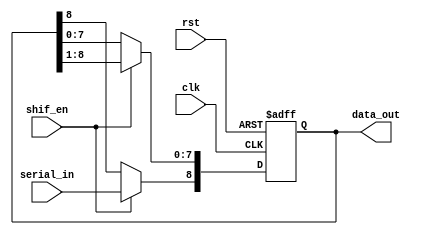
/*
Author: Mehran Goli
Version: 1.0
Date: 17-8-2019
*/
module shiftin_register(serial_in,shif_en,data_out,clk,rst);
	
	input  serial_in,shif_en,clk,rst; 
	output [8:0] data_out; 

	reg [8:0] temp;
	
////////////////////////////////////////////////////////////////////////////////////////////

	always @ (posedge clk,posedge rst) begin
		if(rst)
			temp=0;
		else if (shif_en) begin
			temp[7:0]= temp [8:1];
			temp[8]=serial_in;
		end	
	end
	assign data_out = temp;	

endmodule